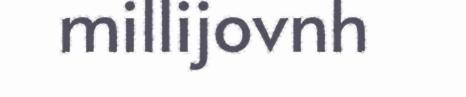
millijovnh